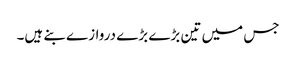
جس میں تین بڑے بڑے دروازے بنے ہیں۔